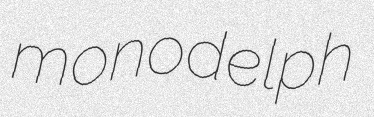
monodelph